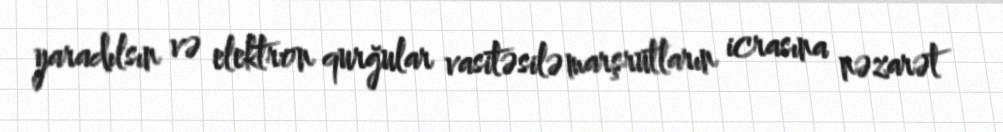
yaradılsın və elektron qurğular vasitəsilə marşrutların icrasına nəzarət